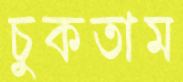
চুকতাম